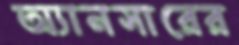
অ্যানসারের